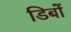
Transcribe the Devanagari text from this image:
डिबों